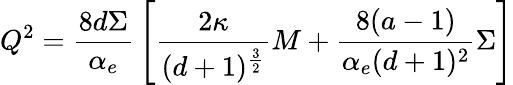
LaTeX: Q^{2}={\frac{8d\Sigma}{\alpha_{e}}}\left[{\frac{2\kappa}{(d+1)^{\frac{3}{2}}}}M+{\frac{8(a-1)}{\alpha_{e}(d+1)^{2}}}\Sigma\right]